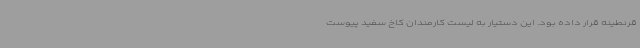
قرنطینه قرار داده بود. این دستیار به لیست کارمندان کاخ سفید پیوست